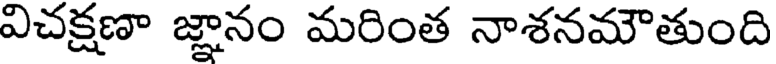
విచక్షణా జ్ఞానం మరింత నాశనమౌతుంది